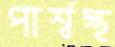
পার্শ্বস্থ